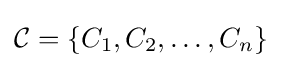
{\mathcal {C}}=\{C_{1},C_{2},\ldots ,C_{n}\}